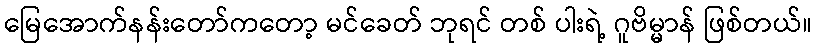
မြေအောက်နန်းတော်ကတော့ မင်ခေတ် ဘုရင် တစ် ပါးရဲ့ ဂူဗိမ္မာန် ဖြစ်တယ်။